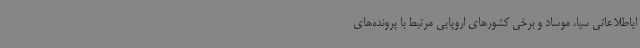
ایاطلاعاتی سیا، موساد و برخی کشورهای اروپایی مرتبط با پرونده‌های